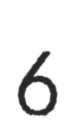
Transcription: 6